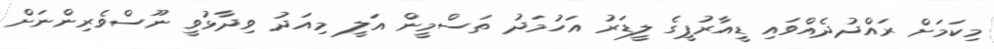
މިކަމަށް ރައްދުދެއްވައި ޑީއާރުޕީގެ ލީޑަރު އަހުމަދު ތަސްމީން އަލީ މިއަދު ވިދާޅުވީ ނޫސްވެރިންނަށް